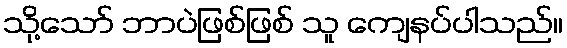
သို့သော် ဘာပဲဖြစ်ဖြစ် သူ ကျေနပ်ပါသည်။